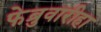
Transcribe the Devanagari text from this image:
फेब्रुवारीहा